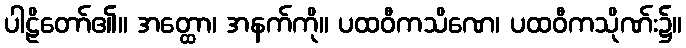
ပါဠိတော်၏။ အတ္ထော၊ အနက်ကို။ ပထဝီကသိဏေ၊ ပထဝီကသိုဏ်း၌။